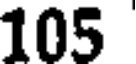
105